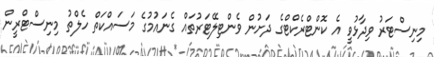
މިނިސްޓަރު ވިދާޅުވީ އެ ކޮންޓްރެކްޓްގެ ދަށުން ވެންޓިލޭޓަރުތައް ގެނައުމުގެ މަސައްކަތް ހެލްތު މިނިސްޓްރީން